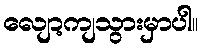
လျော့ကျသွားမှာပါ။